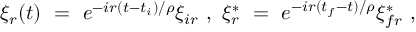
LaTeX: \xi _ { r } ( t ) \ = \ e ^ { - i r ( t - t _ { i } ) / \rho } \xi _ { i r } \ , \ \xi _ { r } ^ { * } \ = \ e ^ { - i r ( t _ { f } - t ) / \rho } \xi _ { f r } ^ { * } \ ,